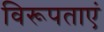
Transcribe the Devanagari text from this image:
विरूपताएं